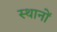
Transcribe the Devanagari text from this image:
स्थानाें